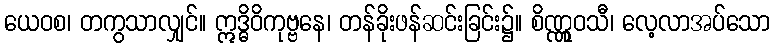
ယေဝစ၊ တကွသာလျှင်။ ဣဒ္ဓိဝိကုဗ္ဗနေ၊ တန်ခိုးဖန်ဆင်းခြင်း၌။ စိဏ္ဏူဝသီ၊ လေ့လာအပ်သော